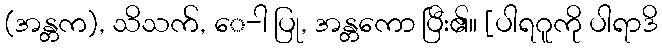
(အန္တက), သိသက်, ေ-ါ ပြု, အန္တကော ပြီး၏။ [ပါရဂူကို ပါရာဒိ